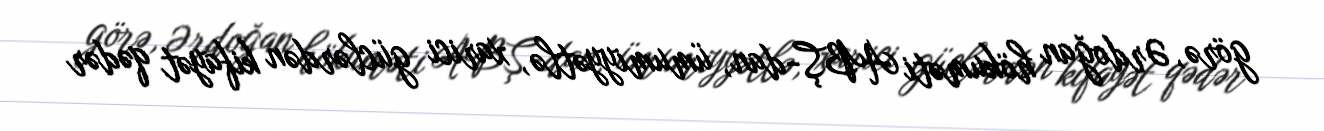
görə, Ərdoğan hökuməti ABŞ-dan, ümumiyyətlə, xarici güclərdən kifayət qədər